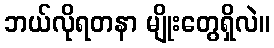
ဘယ်လိုရတနာ မျိုးတွေရှိလဲ။